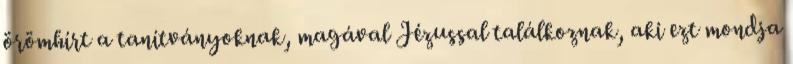
örömhírt a tanítványoknak, magával Jézussal találkoznak, aki ezt mondja